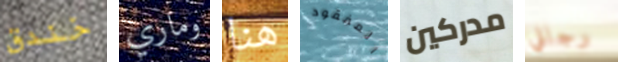
خندق وماري هنا المفقود مدركين رجالي